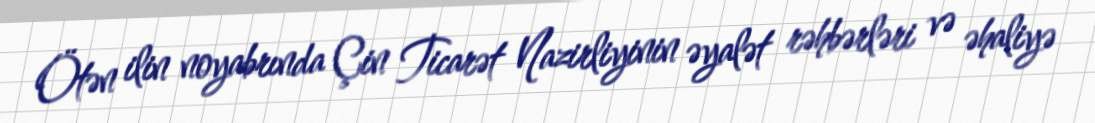
Ötən ilin noyabrında Çin Ticarət Nazirliyinin əyalət rəhbərləri və əhaliyə